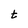
Character: t